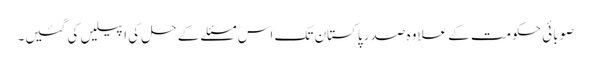
صوبائی حکومت کے علاوہ صدر پاکستان تک اس مسئلے کے حل کی اپیلیں کی گئیں۔